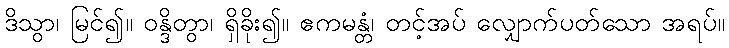
ဒိသွာ၊ မြင်၍။ ဝန္ဒိတွာ၊ ရှိခိုး၍။ ဧကမန္တံ၊ တင့်အပ် လျှောက်ပတ်သော အရပ်။